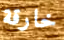
خارقة